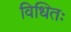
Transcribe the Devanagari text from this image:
विधितः